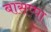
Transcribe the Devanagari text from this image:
बासप्पा